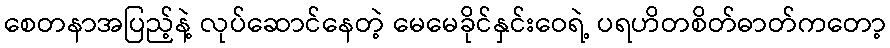
စေတနာအပြည့်နဲ့ လုပ်ဆောင်နေတဲ့ မေမေခိုင်နှင်းဝေရဲ့ ပရဟိတစိတ်ဓာတ်ကတော့